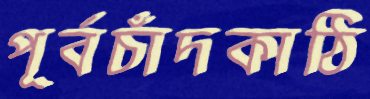
পূর্বচাঁদকাঠি